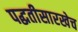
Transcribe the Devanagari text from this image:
पद्धतीसारखेच